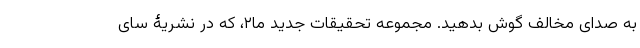
به صدای مخالف گوش بدهید. مجموعه تحقیقات جدید ما۲، که در نشریۀ سای